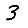
Digit: 3